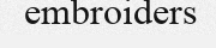
embroiders